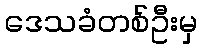
ဒေသခံတစ်ဦးမှ